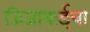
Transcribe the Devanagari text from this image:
जिजाबाईचा